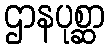
ဌာနပုစ္ဆာ